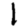
Digit: 1